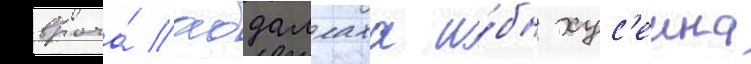
врача́ абдаллаха и́бн хус'еина